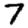
Digit: 7